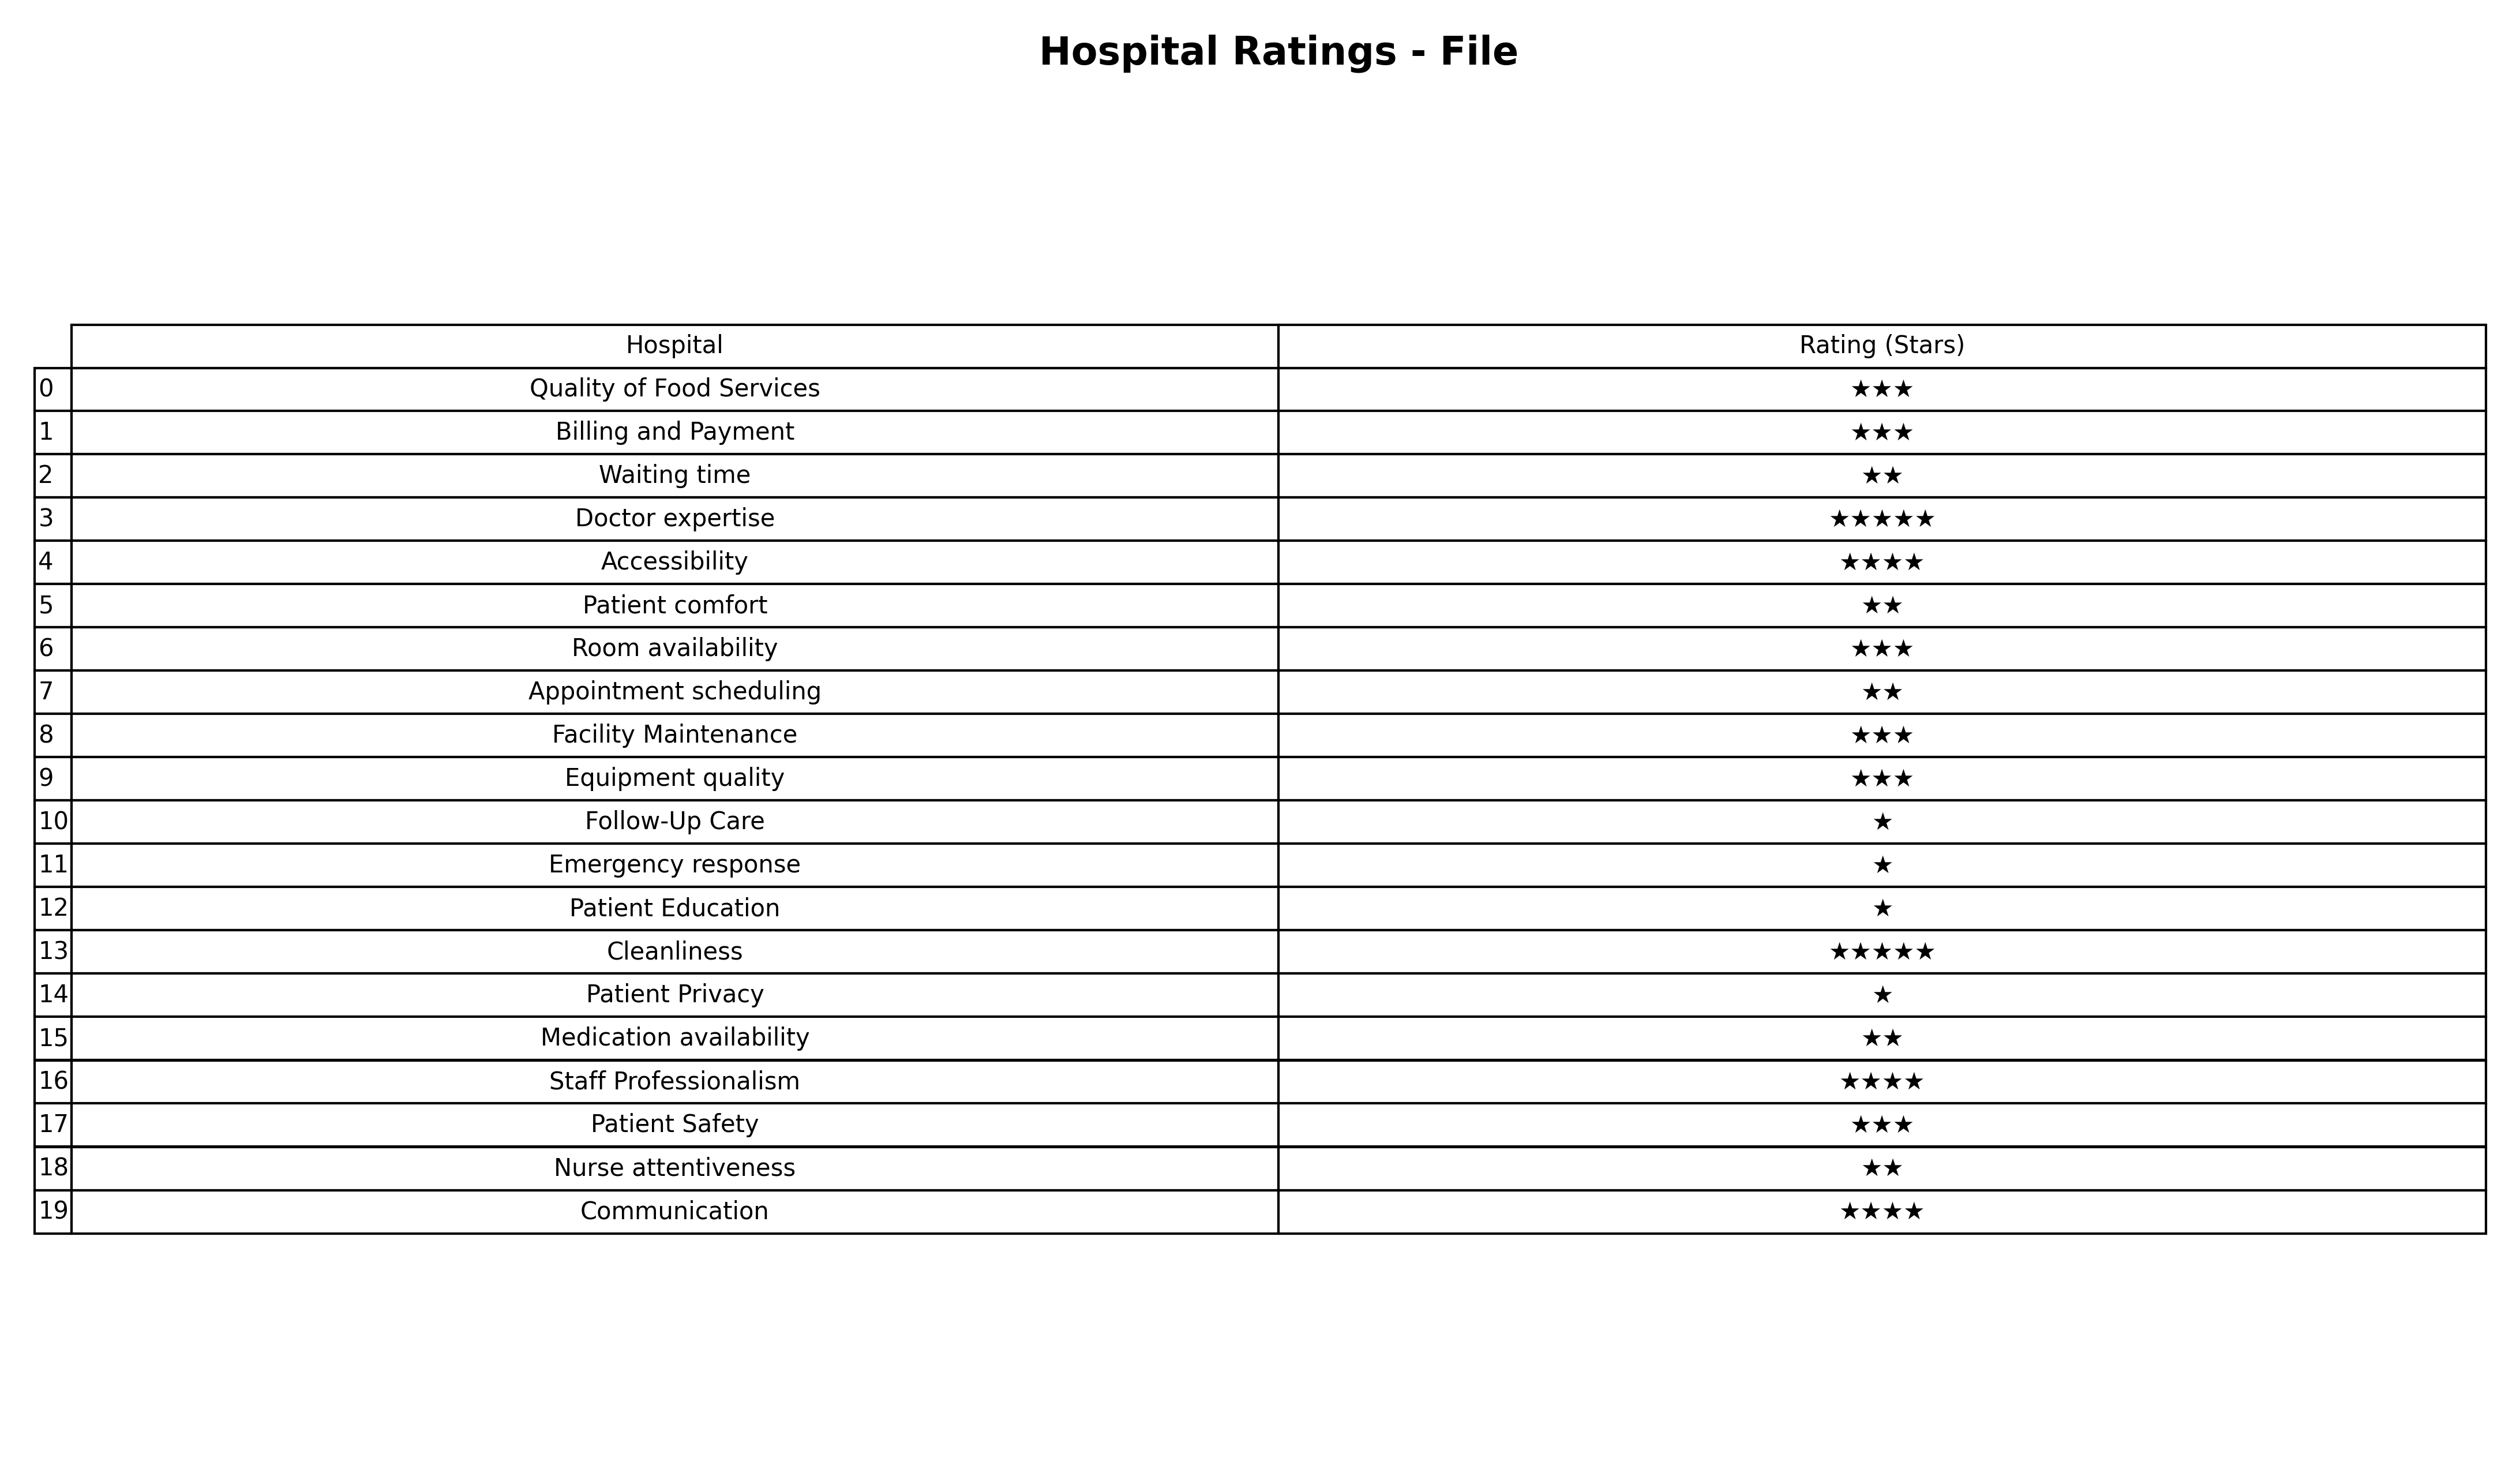
question: What are five star services?
answer: Doctor expertiseCleanliness